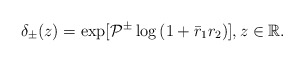
\begin{align*}\delta_{\pm}(z)= \exp [ \mathcal{P}^{\pm} \log \left(1+\bar{r}_1 r_2\right)] , z \in \mathbb{R}.\end{align*}